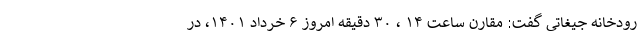
رودخانه جیغاتی گفت: مقارن ساعت ۱۴ ، ۳۰ دقیقه امروز ۶ خرداد ۱۴۰۱، در